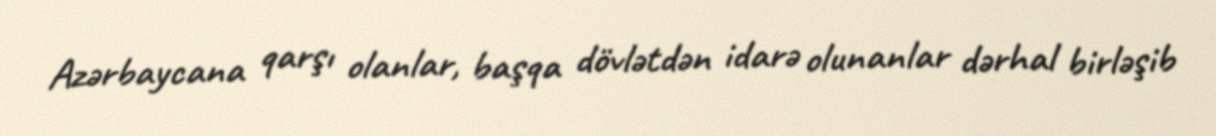
Azərbaycana qarşı olanlar, başqa dövlətdən idarə olunanlar dərhal birləşib